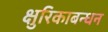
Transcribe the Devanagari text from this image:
क्षुरिकाबन्धन